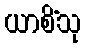
ယာစိံသု